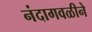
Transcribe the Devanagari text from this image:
नंदागवळीने